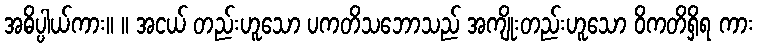
အဓိပ္ပါယ်ကား။ ။ အငယ် တည်းဟူသော ပကတိသဘောသည် အကျိုးတည်းဟူသော ဝိကတိရှိရ ကား